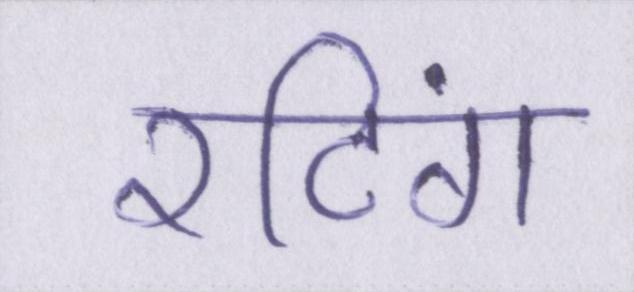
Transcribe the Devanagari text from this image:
रटिंग